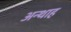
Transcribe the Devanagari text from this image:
अन्‍थाह